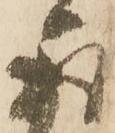
取